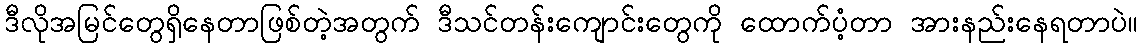
ဒီလိုအမြင်တွေရှိနေတာဖြစ်တဲ့အတွက် ဒီသင်တန်းကျောင်းတွေကို ထောက်ပံ့တာ အားနည်းနေရတာပဲ။